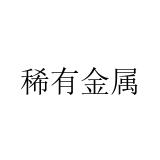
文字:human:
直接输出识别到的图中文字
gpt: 稀有金属